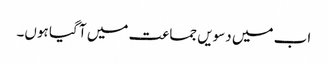
اب میں دسویں جماعت میں آ گیا ہوں۔